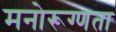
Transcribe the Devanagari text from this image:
मनोरूग्णता